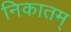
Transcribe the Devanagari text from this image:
निकातम्